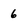
Character: 6